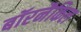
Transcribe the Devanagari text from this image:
बॉरनैकिल